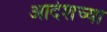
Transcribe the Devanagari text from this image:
आदेशच्या